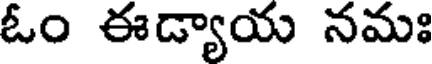
ఓం ఈడ్యాయ నమః